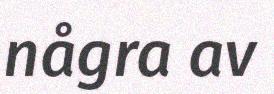
några av